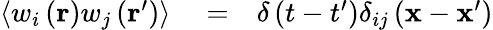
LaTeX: \begin{array}{rlr}{\left\langle w_{i}\left(\mathbf{r}\right)w_{j}\left(\mathbf{r}^{\prime}\right)\right\rangle}&{{}=}&{\delta\left(t-t^{\prime}\right)\delta_{ij}\left(\mathbf{x}-\mathbf{x}^{\prime}\right)}\end{array}